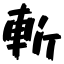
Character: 斬